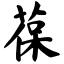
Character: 葆